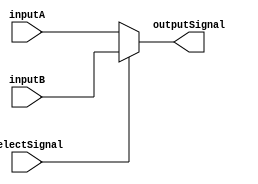
`timescale 1ns / 1ps
//////////////////////////////////////////////////////////////////////////////////
// Company: 
// 
// Design Name: 
// Module Name: TwoToOneSelector
// Project Name: 
// Target Devices: 
// Tool Versions: 
// Description: 
// 
// Dependencies: 
// 
// Revision:
// Revision 0.01 - File Created
// Additional Comments:
// 
//////////////////////////////////////////////////////////////////////////////////


module TwoToOneSelector(
    input inputA,
    input inputB,
    input selectSignal,
    output reg outputSignal
    );
    always @(*)
        begin
            if(selectSignal == 1'b0)
                outputSignal <= inputA;
            else
                outputSignal <= inputB;
        end
endmodule